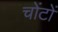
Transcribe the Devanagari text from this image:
चोंटों